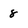
Character: 8